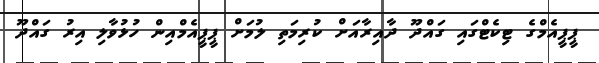
ޕީޕީއެމްގެ ޓިކެޓްގައި ގައްދޫ ދާއިރާއަށް ކުރިމަތި ލުމަށް ޕީޕީއެމްއިން ހުޅުވާލި އިރު ގައްދޫ